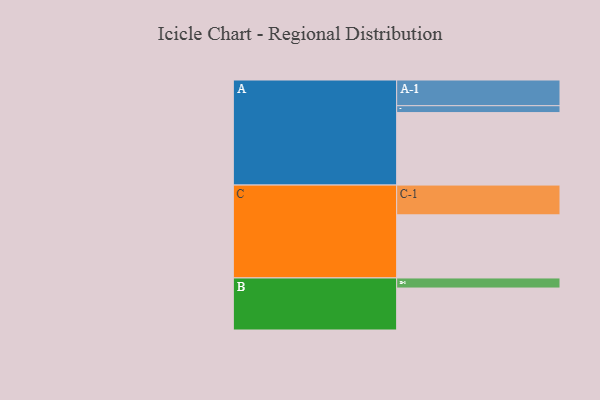
{"axis": {"x": "Segment", "y": "Value"}, "legend": ["", "A", "B", "C"], "data": [{"x": "A", "y": 589, "type": ""}, {"x": "B", "y": 341, "type": ""}, {"x": "C", "y": 513, "type": ""}, {"x": "A-1", "y": 209, "type": "A"}, {"x": "A-2", "y": 56, "type": "A"}, {"x": "B-1", "y": 82, "type": "B"}, {"x": "C-1", "y": 242, "type": "C"}]}